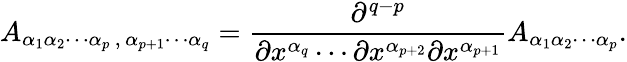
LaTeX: A_{\alpha_{1}\alpha_{2}\cdots\alpha_{p}\, ,\, \alpha_{p+1}\cdots\alpha_{q}}={\frac{\partial^{q-p}}{\partial x^{\alpha_{q}}\cdots\partial x^{\alpha_{p+2}}\partial x^{\alpha_{p+1}}}}A_{\alpha_{1}\alpha_{2}\cdots\alpha_{p}}.